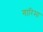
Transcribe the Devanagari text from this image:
गारिमा